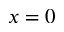
x = 0